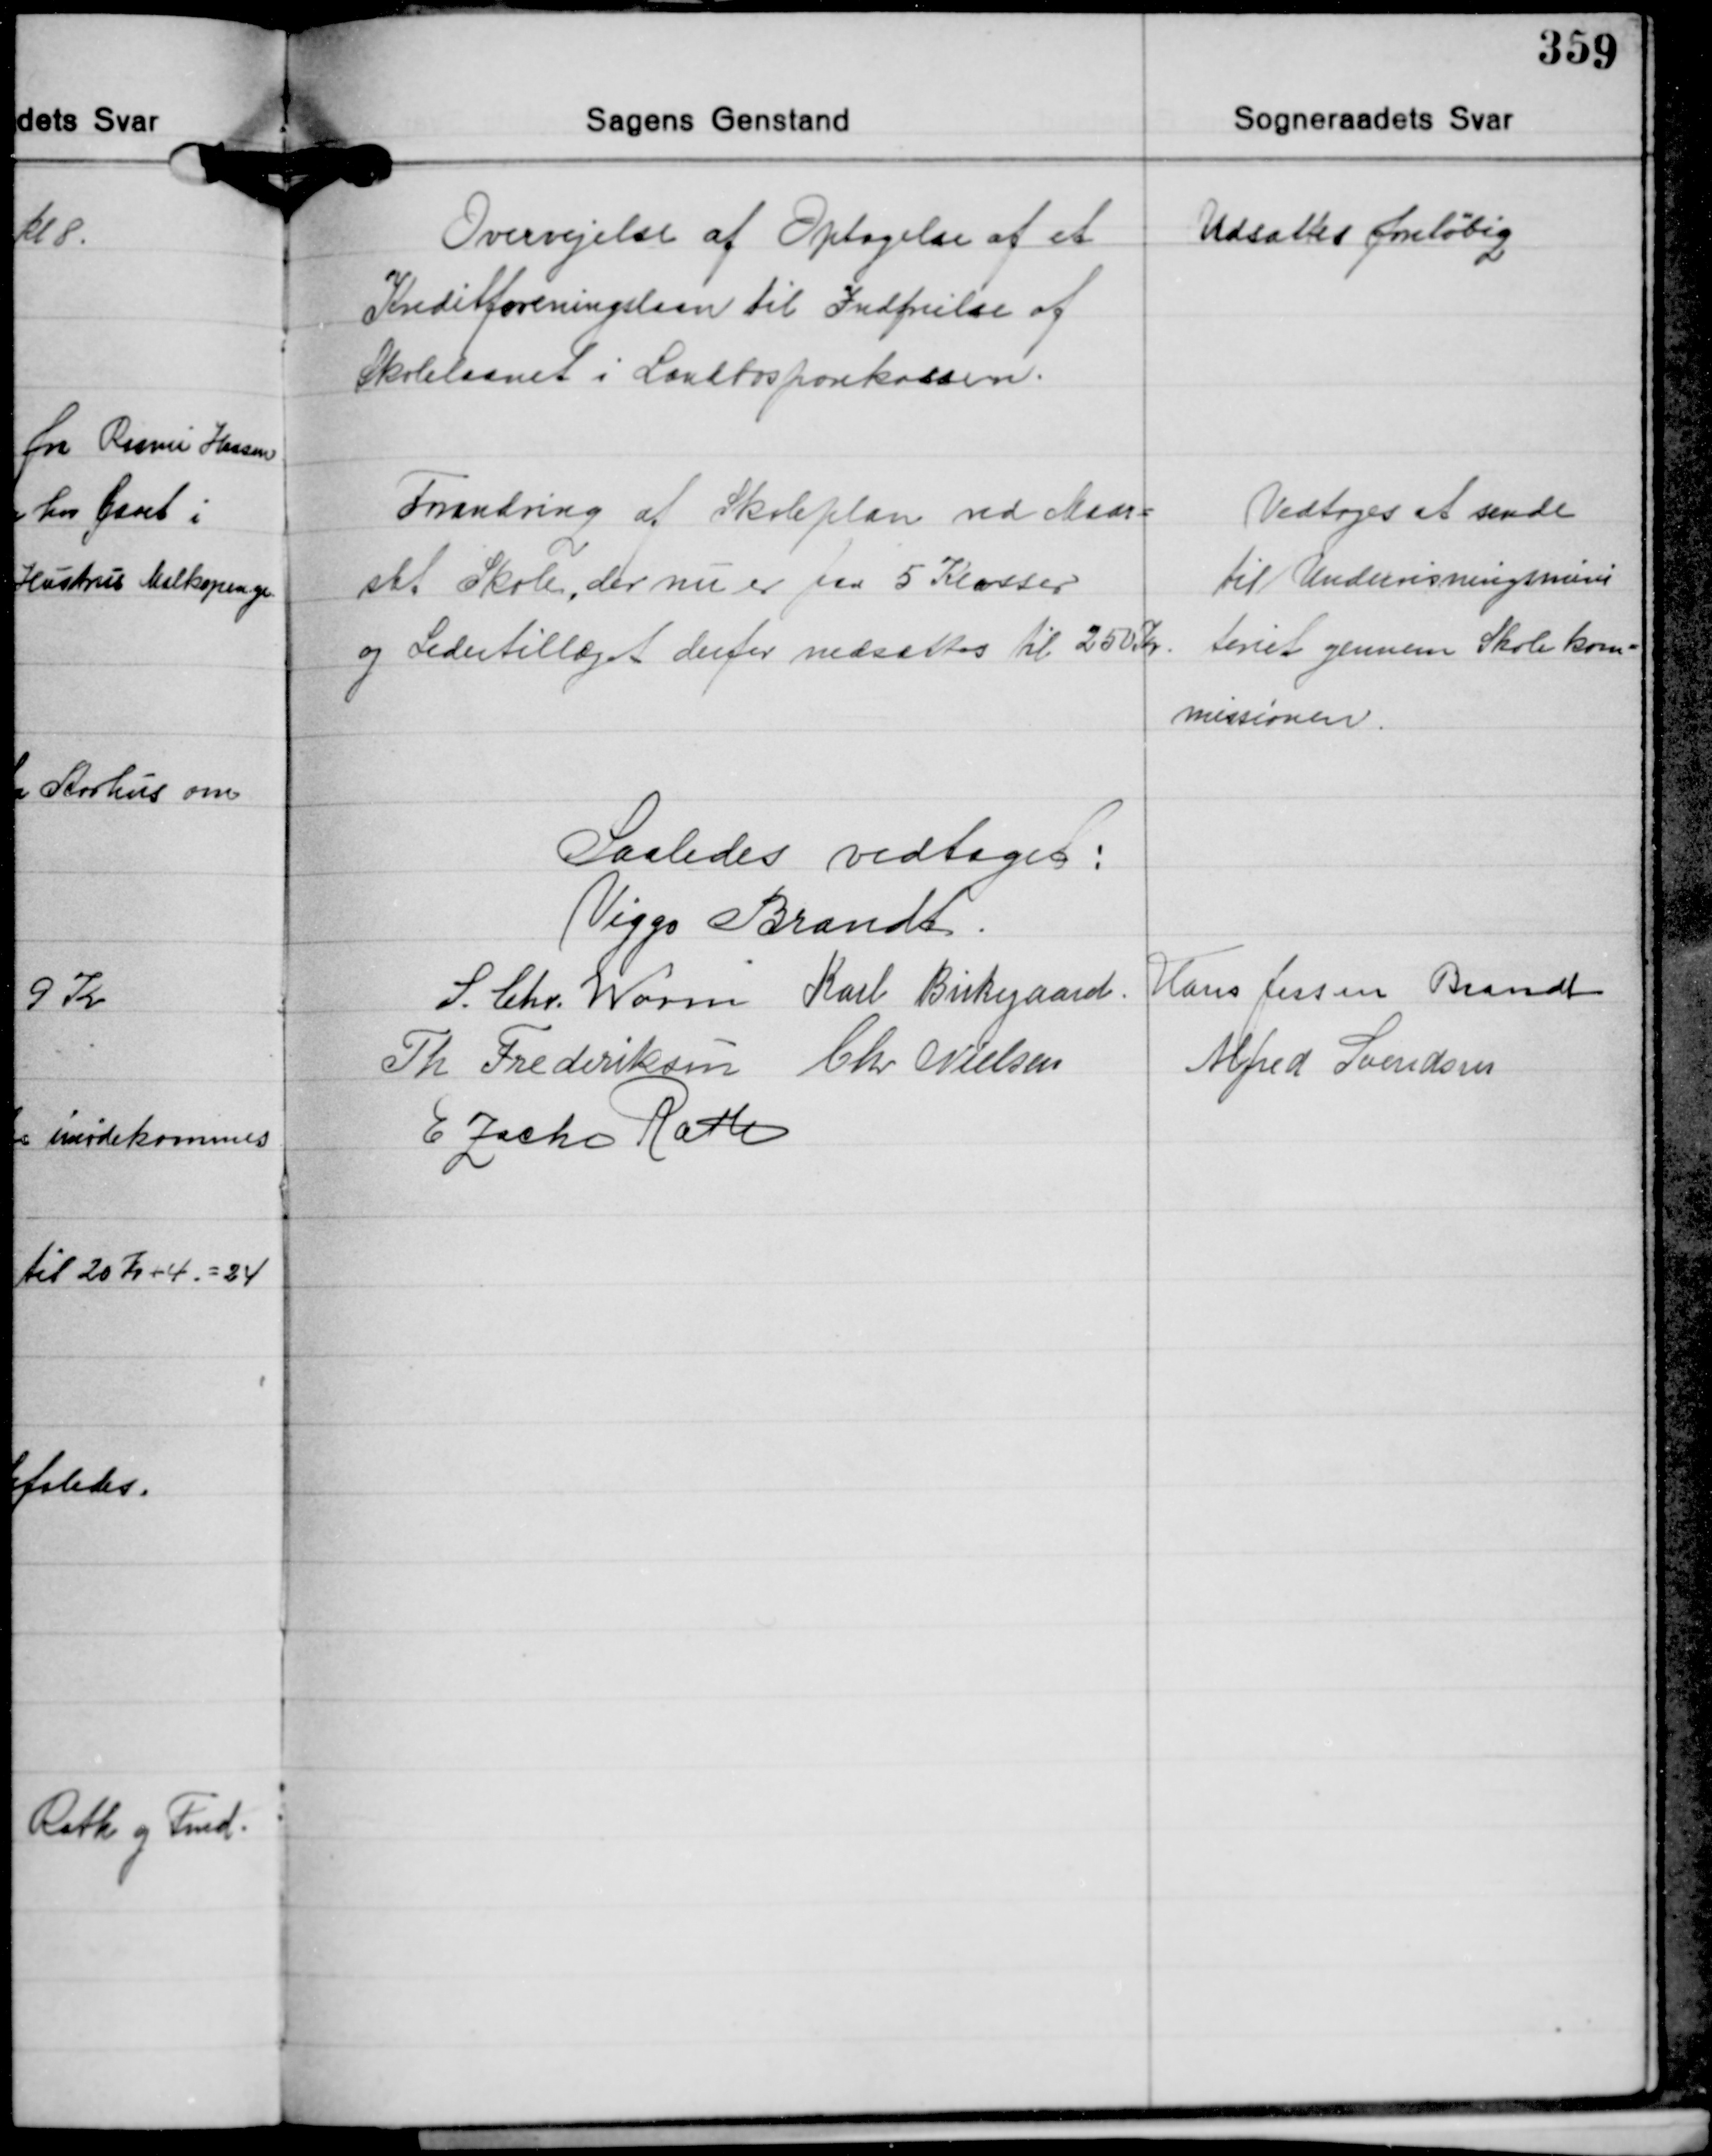
Transskription:
Overvejelse af Optagelse af et
Kreditforeningslaan til Indfrielse af
Skolelaanet i Landbosparekassen.

Udsattes foreløbig

Forandring af Skoleplan ved Maar-
slet Skole, der nu er paa 5 Klasser
og Ledertillæget derfor nedsættes til 250 Kr.

Vedtoges at sende
til Undervisningsminis-
teriet gennem Skolekom-
missionen.

Saaledes vedtaget:
Viggo Brandt
S. Chr. Worm Karl Birkegaard Hans Jessen Brandt
Th. Frederiksen Chr. Nielsen
Alfred Svendsen
E Zacho Rath